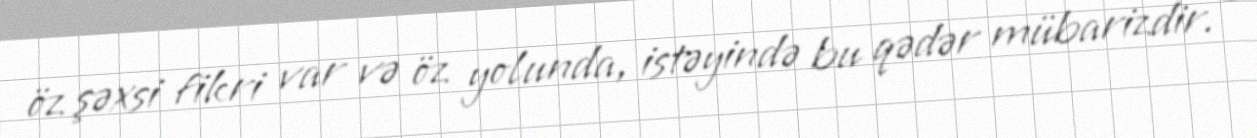
öz şəxsi fikri var və öz yolunda, istəyində bu qədər mübarizdir.